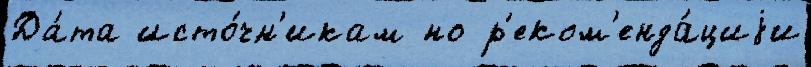
Да́та исто́чн'икам но р'еком'енда́циjи